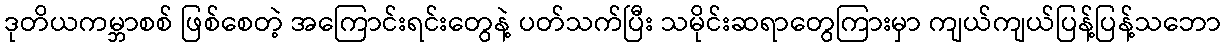
ဒုတိယကမ္ဘာစစ် ဖြစ်စေတဲ့ အကြောင်းရင်းတွေနဲ့ ပတ်သက်ပြီး သမိုင်းဆရာတွေကြားမှာ ကျယ်ကျယ်ပြန့်ပြန့်သဘော